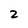
Character: 2